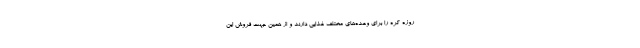
روزه کره را برای وعده‌های مختلف غذایی دارند و از همین جهت فروش این